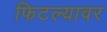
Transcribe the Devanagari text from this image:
फिटल्यावर